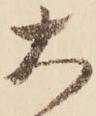
大